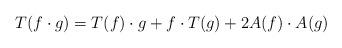
LaTeX: \begin{align*} T(f\cdot g)= T(f)\cdot g+f\cdot T(g)+2A(f)\cdot A(g) \end{align*}